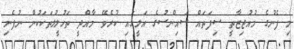
މި ފެނުގެ މުއުޖިޒާތީ ސިފަތައް ސައިންސުގެ އަލީގައި ކުރެވޭ މާއްދީ ތަހުލީލުތަކަކުން ނުފެނި